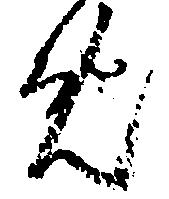
め